Source: Computer-generated
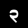
Digit: ၃ (3)